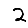
Digit: 2